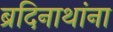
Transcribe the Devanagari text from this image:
ब्रदिनाथांना